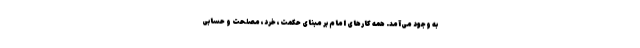
به وجود می‌آمد. همه کارهای امام بر مبنای حکمت، خرد، مصلحت و حسابی